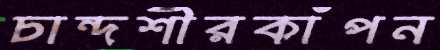
চান্দশীরকাঁপন